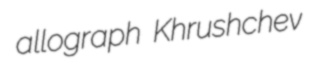
allograph Khrushchev